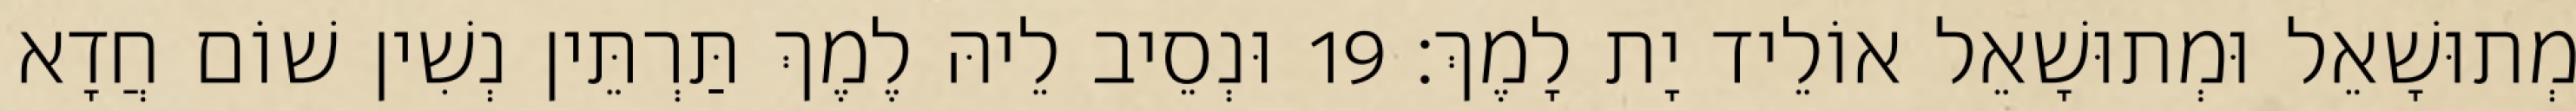
מְתוּשָׁאֵל וּמְתוּשָׁאֵל אוֹלֵיד יָת לָמֶךְ׃ 19 וּנְסֵיב לֵיהּ לֶמֶךְ תַּרְתֵּין נְשִׁין שׁוֹם חֲדָא